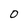
Character: 0